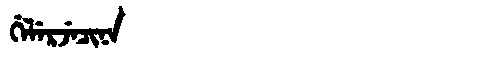
Manchu: ᡤᡝᠯᡝᡵᠵᡝᠴᡳᠨᠠ
Romanization: GELERJECINA